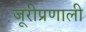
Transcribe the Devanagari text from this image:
जूरीप्रणाली